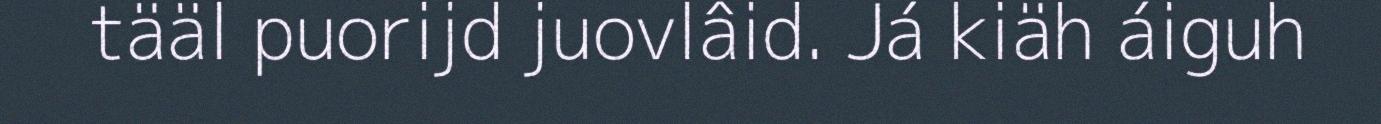
tääl puorijd juovlâid. Já kiäh áiguh